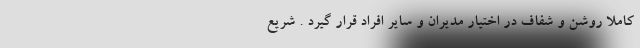
کاملاً روشن و شفاف در اختیار مدیران و سایر افراد قرار گیرد . شریع